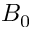
B _ { 0 }